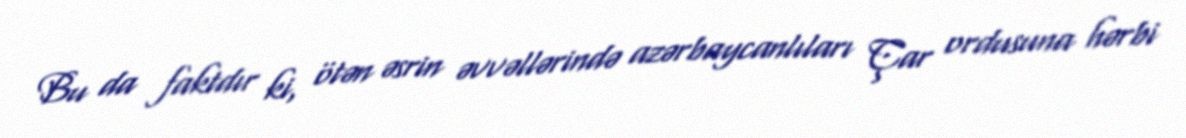
Bu da faktdır ki, ötən əsrin əvvəllərində azərbaycanlıları Çar ordusuna hərbi